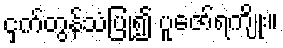
ငှက်တွန်သံပြု၍ ပူဇော်ရကျိုး။